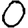
Digit: 0